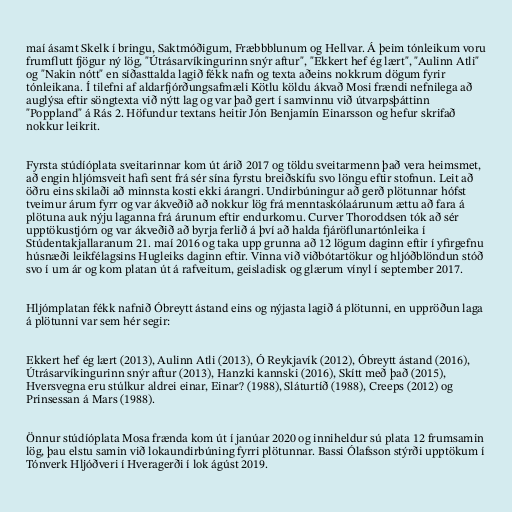
maí ásamt Skelk í bringu, Saktmóðigum, Fræbbblunum og Hellvar. Á þeim tónleikum voru
frumflutt fjögur ný lög, "Útrásarvíkingurinn snýr aftur", "Ekkert hef ég lært", "Aulinn Atli"
og "Nakin nótt" en síðasttalda lagið fékk nafn og texta aðeins nokkrum dögum fyrir
tónleikana. Í tilefni af aldarfjórðungsafmæli Kötlu köldu ákvað Mosi frændi nefnilega að
auglýsa eftir söngtexta við nýtt lag og var það gert í samvinnu við útvarpsþáttinn
"Poppland" á Rás 2. Höfundur textans heitir Jón Benjamín Einarsson og hefur skrifað
nokkur leikrit.

Fyrsta stúdíóplata sveitarinnar kom út árið 2017 og töldu sveitarmenn það vera heimsmet,
að engin hljómsveit hafi sent frá sér sína fyrstu breiðskífu svo löngu eftir stofnun. Leit að
öðru eins skilaði að minnsta kosti ekki árangri. Undirbúningur að gerð plötunnar hófst
tveimur árum fyrr og var ákveðið að nokkur lög frá menntaskólaárunum ættu að fara á
plötuna auk nýju laganna frá árunum eftir endurkomu. Curver Thoroddsen tók að sér
upptökustjórn og var ákveðið að byrja ferlið á því að halda fjáröflunartónleika í
Stúdentakjallaranum 21. maí 2016 og taka upp grunna að 12 lögum daginn eftir í yfirgefnu
húsnæði leikfélagsins Hugleiks daginn eftir. Vinna við viðbótartökur og hljóðblöndun stóð
svo í um ár og kom platan út á rafveitum, geisladisk og glærum vínyl í september 2017.

Hljómplatan fékk nafnið Óbreytt ástand eins og nýjasta lagið á plötunni, en uppröðun laga
á plötunni var sem hér segir:

Ekkert hef ég lært (2013), Aulinn Atli (2013), Ó Reykjavík (2012), Óbreytt ástand (2016),
Útrásarvíkingurinn snýr aftur (2013), Hanzki kannski (2016), Skítt með það (2015),
Hversvegna eru stúlkur aldrei einar, Einar? (1988), Sláturtíð (1988), Creeps (2012) og
Prinsessan á Mars (1988).

Önnur stúdíóplata Mosa frænda kom út í janúar 2020 og inniheldur sú plata 12 frumsamin
lög, þau elstu samin við lokaundirbúning fyrri plötunnar. Bassi Ólafsson stýrði upptökum í
Tónverk Hljóðveri í Hveragerði í lok ágúst 2019.